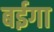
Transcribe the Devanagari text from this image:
बईगा